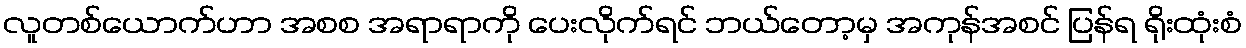
လူတစ်ယောက်ဟာ အစစ အရာရာကို ပေးလိုက်ရင် ဘယ်တော့မှ အကုန်အစင် ပြန်ရ ရိုးထုံးစံ